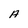
Character: A